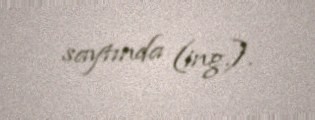
saytında (ing.).